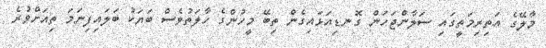
މާލޭގެ އަތިރިމަތީގައި ސަލާންޖަހަން ގޮނޑިއަޅައިގެން ތިބޭ މީހުންގެ ހާލަތުވެސް ބަޔަކު ބަލައިފިނަމަ ތިއަށްވުރެ